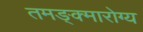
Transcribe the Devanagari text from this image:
तमङ्क्मारोग्य